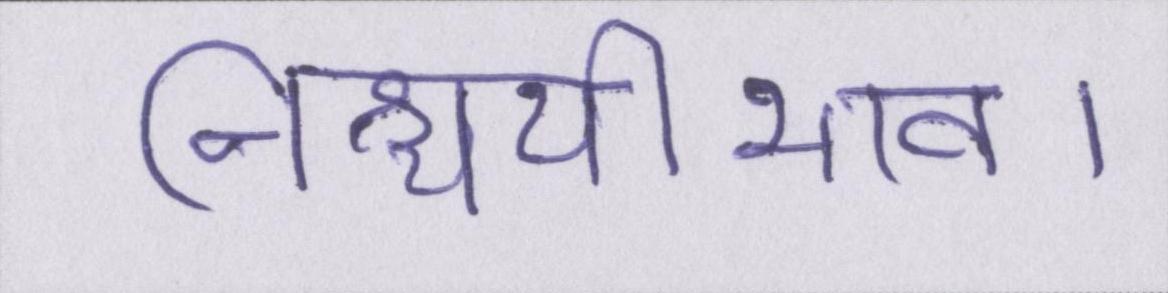
निश्चयीभाव।